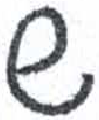
אות: ש